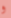
و